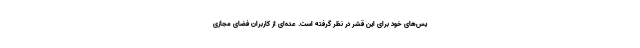
یس‌های خود برای این قشر در نظر گرفته است. عده‌ای از کاربران فضای مجازی